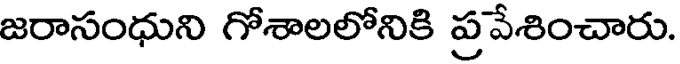
జరాసంధుని గోశాలలోనికి ప్రవేశించారు.